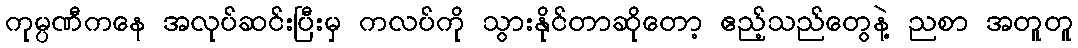
ကုမ္ပဏီကနေ အလုပ်ဆင်းပြီးမှ ကလပ်ကို သွားနိုင်တာဆိုတော့ ဧည့်သည်တွေနဲ့ ညစာ အတူတူ